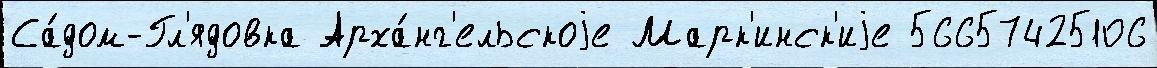
Са́дом-Гл'ядовка Арха́нг'ельскоjе Марк'инск'иjе 56657425106